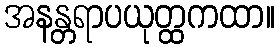
အနန္တရာပယုတ္ထကထာ။